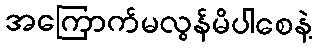
အကြောက်မလွန်မိပါစေနဲ့